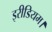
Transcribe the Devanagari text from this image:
इरीडियम।